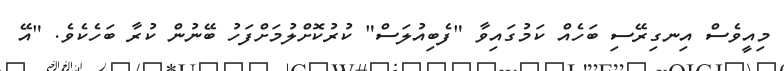
މިއީވެސް އިނގިރޭސި ބަހެއް ކަމުގައިވާ "ފެބިއުލަސް" ކުރުކޮށްލުމަށްފަހު ބޭނުން ކުރާ ބަހެކެވެ. "އޭ